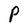
Character: P